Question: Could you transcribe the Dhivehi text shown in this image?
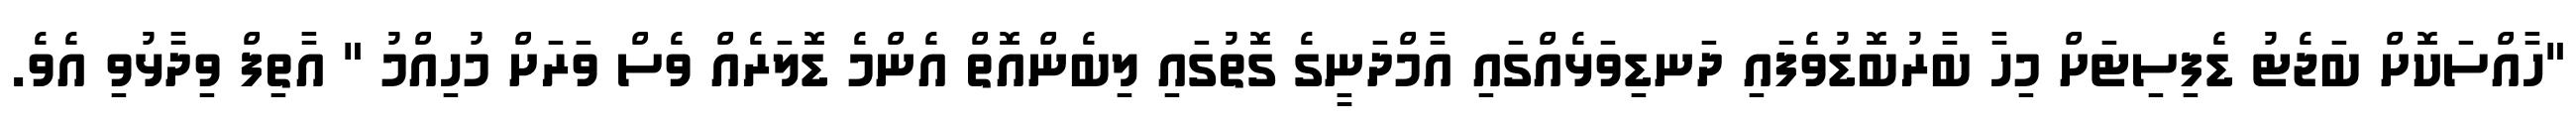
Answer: "ހާއްސަކޮށް ބަޖެޓު ޑެފިސިޓަށް މިހާ ބާރުބޮޑުވެފައި ދަނޑިވަޅެއްގައި އާމްދަނީގެ ގޮތުގައި ލިބެންއޮތް އެންމެ ޑޮލަރެއް ވެސް ވަރަށް މުހިއްމު " އާތިފް ވިދާޅުވި އެވެ.